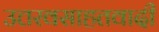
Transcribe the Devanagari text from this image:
उत्तरवसाहतवादी